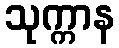
သုက္ကာန